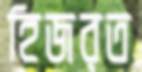
হিজরত